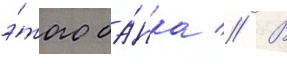
э́того ба́нка // В